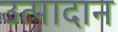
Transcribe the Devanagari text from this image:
उत्पादान